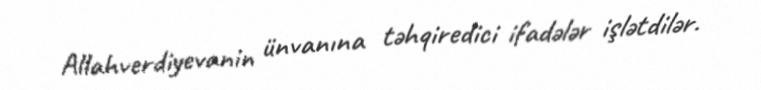
Allahverdiyevanin ünvanına təhqiredici ifadələr işlətdilər.